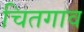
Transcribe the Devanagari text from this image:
चितगाव